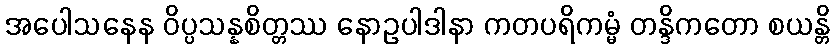
အပေါသနေန ဝိပ္ပသန္နစိတ္တဿ နောဥပါဒါနာ ကတပရိကမ္မံ တန္ဒိကတော စယန္တိ